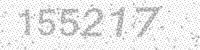
Solution: 155217